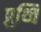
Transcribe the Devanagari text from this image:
प्रुथ्वि